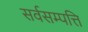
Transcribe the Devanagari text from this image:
सर्वसम्पत्ति